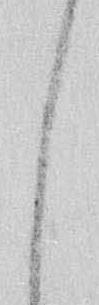
し